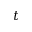
t